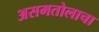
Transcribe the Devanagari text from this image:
असमतोलाचा